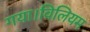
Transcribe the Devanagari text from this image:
गया।विलियम